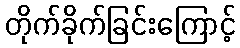
တိုက်ခိုက်ခြင်းကြောင့်